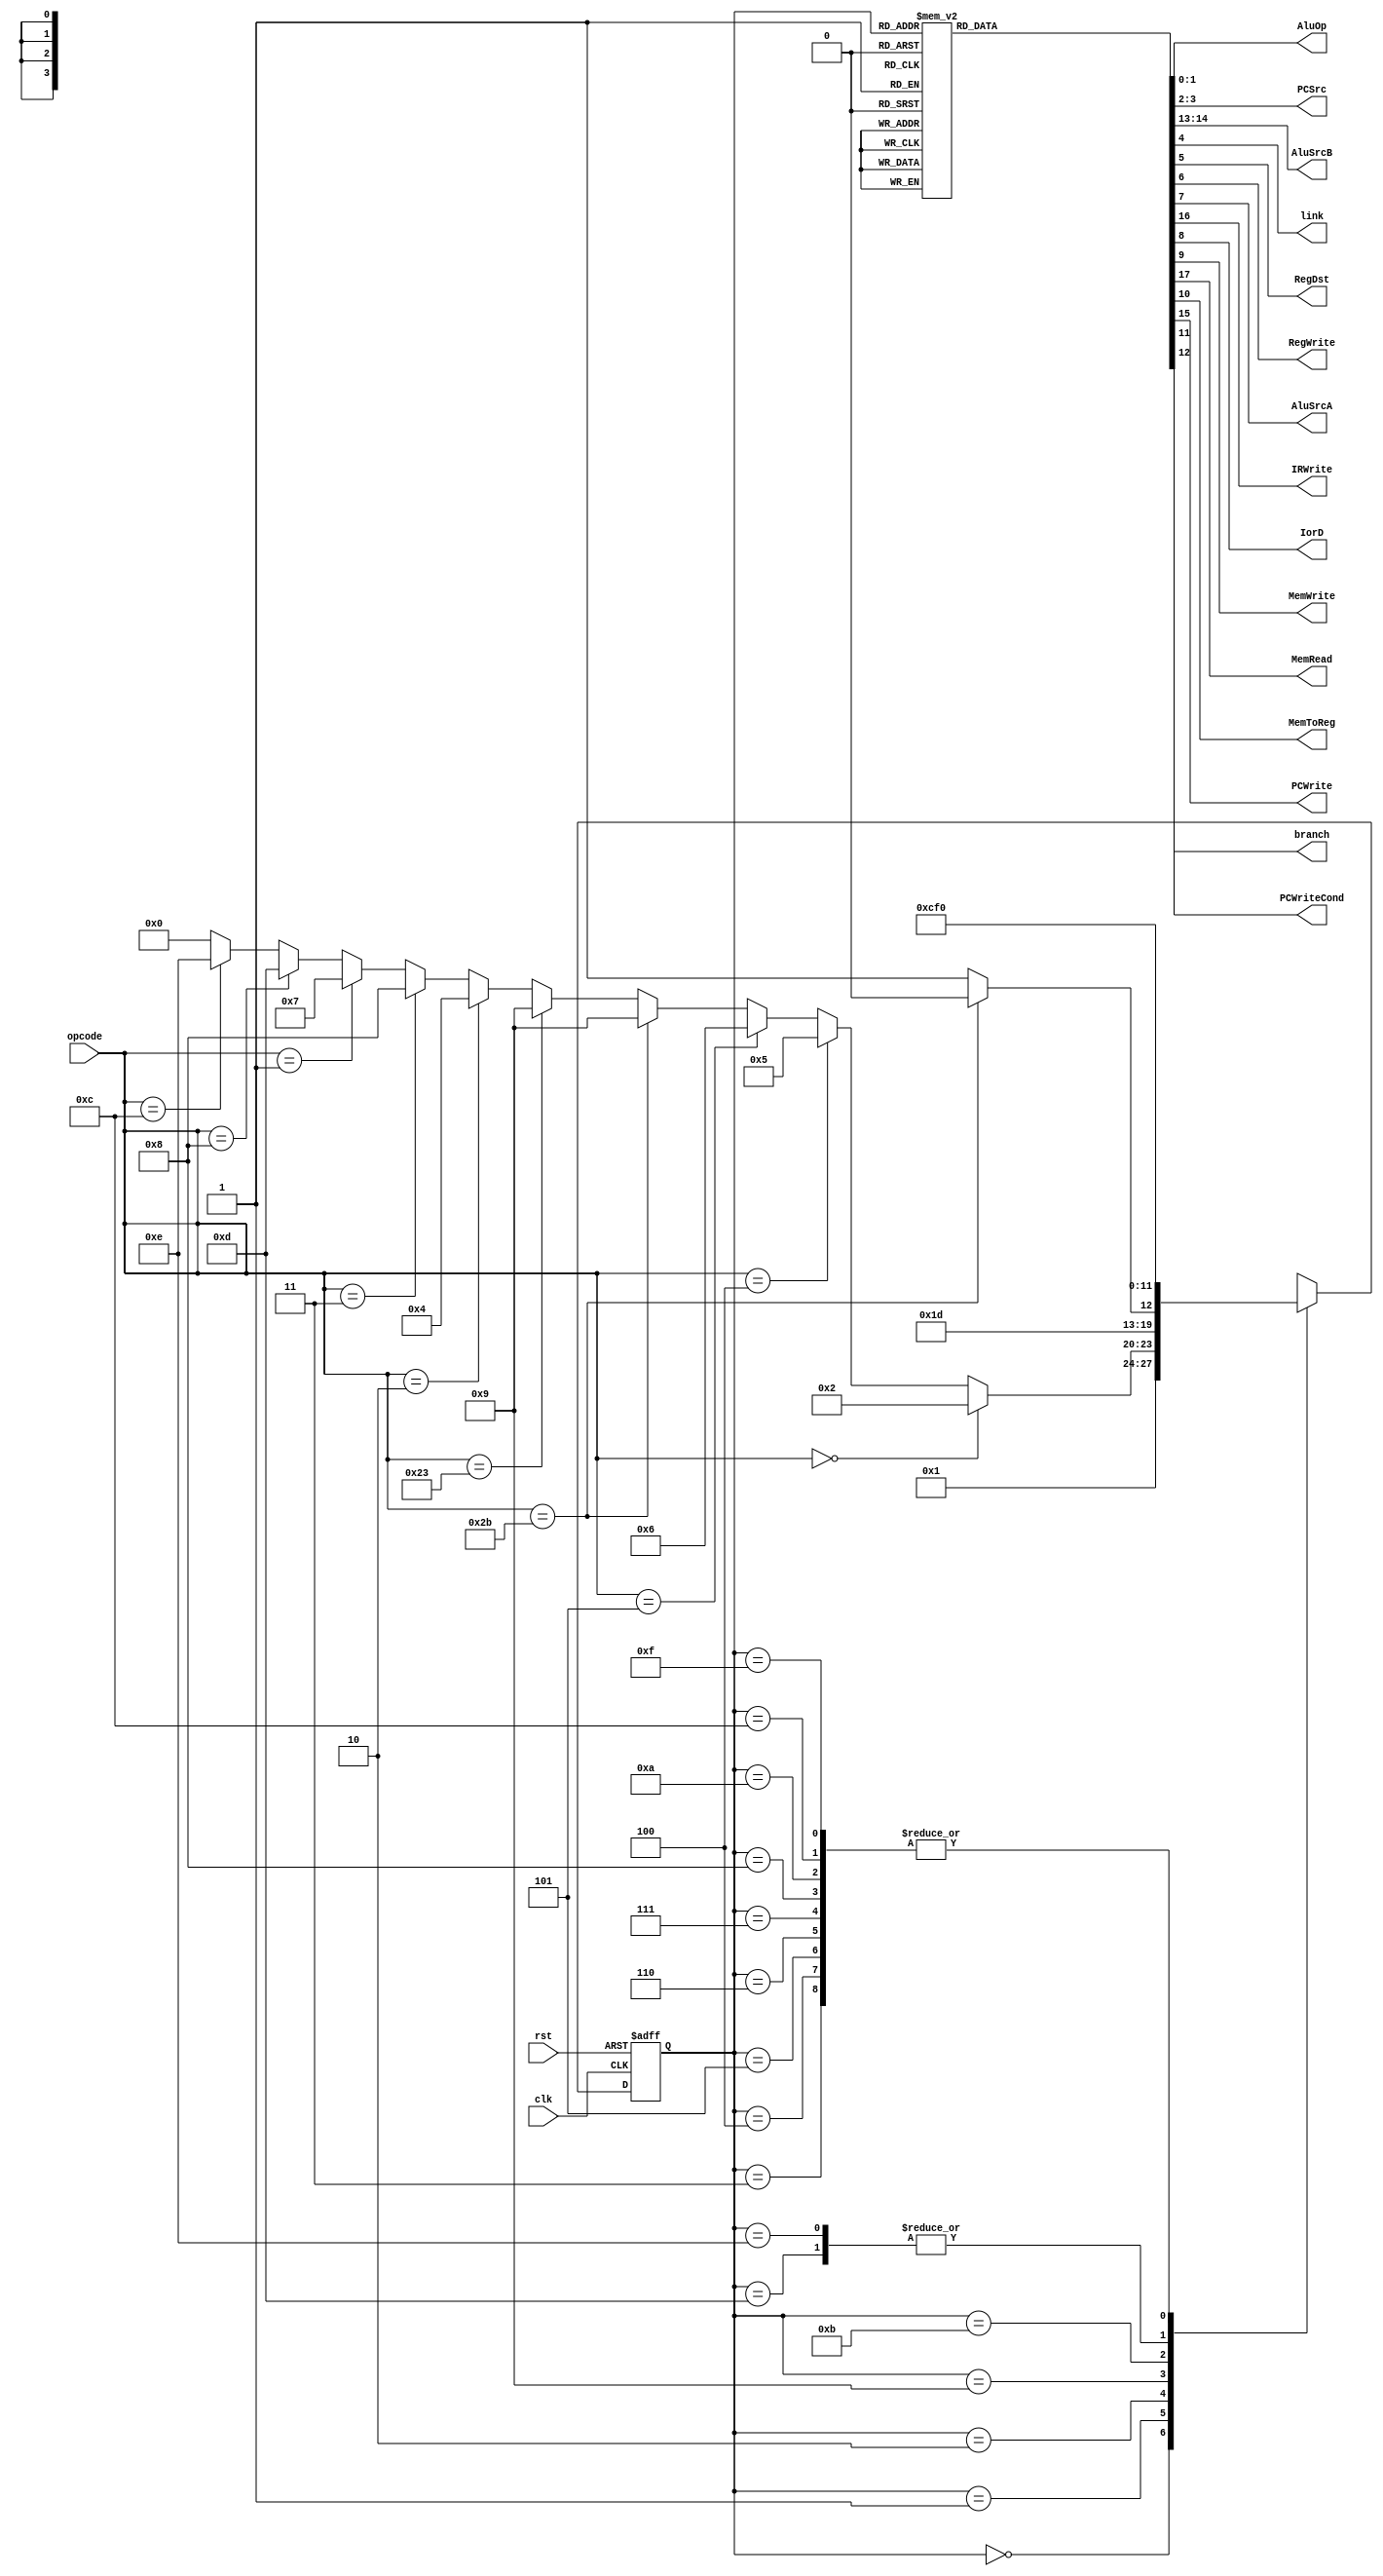
module centeralCU(AluOp, PCSrc, AluSrcB, clk, link, RegDst, RegWrite, AluSrcA, 
	IRWrite, IorD, MemWrite, MemRead, MemToReg, PCWrite, PCWriteCond, branch, opcode, rst);
	
	output reg[1:0] AluOp;
	output reg[1:0] PCSrc;
	output reg[1:0] AluSrcB;
	output reg link, RegDst, RegWrite, AluSrcA, IRWrite, IorD, MemWrite, MemRead, MemToReg, PCWrite, PCWriteCond, branch;
	input[5:0] opcode;
	input clk, rst;
	
	parameter [3:0] IF=0, ID=1, RT0=2, RT1=3, Jump=4, Beq=5, Bne=6, Jr=7, Jal=8, Memref=9, SW=10, LW0=11, LW1=12, Addi0=13, Andi0=14, AndiAddi=15;
	reg [3:0] ps, ns;
	
	always@(ps, opcode)begin
    ns = IF;
    case(ps)
      IF: begin ns = ID; end
      ID: begin ns = (opcode == 6'b000000) ? RT0 : 
                     (opcode == 6'b000100) ? Beq : 
                     (opcode == 6'b000101) ? Bne : 
                     (opcode == 6'b101011) ? Memref : 
                     (opcode == 6'b100011) ? Memref :
                     (opcode == 6'b000010) ? Jump :
                     (opcode == 6'b000011) ? Jal :
                     (opcode == 6'b000001) ? Jr :
                     (opcode == 6'b001000) ? Addi0 :
                     (opcode == 6'b001100) ? Andi0 : IF;
          end
      RT0: begin ns = RT1; end
      RT1: begin ns = IF; end
      Jump: begin ns = IF; end
      Beq: begin ns = IF; end
      Bne: begin ns = IF; end
      Jr: begin ns = IF; end
      Jal: begin ns = IF; end
      Memref: begin ns = (opcode == 6'b101011) ? SW : LW0; end
      SW: begin ns = IF; end
      LW0: begin ns = LW1; end
      LW1: begin ns = IF; end
      Addi0: begin ns = AndiAddi; end
      Andi0: begin ns = AndiAddi; end
      AndiAddi: begin ns = IF; end 
    endcase   
	end
	
		always@(ps, opcode)begin
    {AluOp, PCSrc, AluSrcB, link, RegDst, RegWrite, AluSrcA, IRWrite, IorD, MemWrite, MemRead, MemToReg, PCWrite, PCWriteCond, branch} = 18'b0;
    case(ps)
      IF: begin {MemRead, IRWrite, PCWrite, AluSrcB} = 5'b11101; end
      ID: begin AluSrcB = 2'b11; end
      RT0: begin {AluSrcA, AluOp} = 3'b110; end
      RT1: begin {RegDst, RegWrite} = 2'b11; end
      Jump: begin {PCSrc, PCWrite} = 3'b101; end
      Beq: begin {AluSrcA, AluOp, PCSrc, PCWriteCond, branch} = 7'b1010111; end
      Bne: begin {AluSrcA, AluOp, PCSrc, PCWriteCond, branch} = 7'b1010110; end
      Jr: begin {PCSrc, PCWrite} = 3'b111; end
      Jal: begin {link, PCWrite, PCSrc} = 4'b1110; end
      Memref: begin {AluSrcA, AluSrcB} = 3'b110; end
      SW: begin {IorD, MemWrite} = 2'b11; end
      LW0: begin {IorD, MemRead} = 2'b11; end
      LW1: begin {RegDst, MemToReg, RegWrite} = 3'b011; end
      Addi0: begin {AluSrcA, AluSrcB} = 3'b110; end
      Andi0: begin {AluSrcA, AluSrcB, AluOp} = 5'b11011; end
      AndiAddi: begin RegWrite = 1'b1; end 
    endcase   
	end
	//sequensil
  always@(posedge clk, posedge rst) begin
    if(rst) ps <= IF;
    else  ps <= ns;
  end
endmodule
  
  
module ALUcontroller(AluOp, func, AluOperation);
  input [1:0] AluOp;
  input [5:0] func;
  output reg [2:0] AluOperation;
  
  always@(AluOp, func) begin
    AluOperation <= 3'b000;
    case(AluOp)
      2'b00: AluOperation <= 3'b010;
      2'b01: AluOperation <= 3'b110;
      2'b10: begin
              if( func == 6'b100000) AluOperation <= 3'b010;
              if( func == 6'b100010) AluOperation <= 3'b110;
              if( func == 6'b100100) AluOperation <= 3'b000;
              if( func == 6'b100101) AluOperation <= 3'b001;
              if( func == 6'b101010) AluOperation <= 3'b111;
             end
      2'b11: AluOperation <= 3'b000;
    endcase
  end
endmodule

module MIPSController(AluOperation, PCSrc, AluSrcB, clk, link, RegDst, RegWrite, AluSrcA, 
	IRWrite, IorD, MemWrite, MemRead, MemToReg, PCWrite, PCWriteCond, branch, func, opcode, rst);
	
  output [2:0] AluOperation;
  output [1:0] PCSrc;
  output[1:0] AluSrcB;
  output link, RegDst, RegWrite, AluSrcA, IRWrite, IorD, MemWrite, MemRead, MemToReg, PCWrite, PCWriteCond, branch;
  input[5:0] func;
  input[5:0] opcode;
  input clk, rst;
  wire [1:0] AluOp;
  
  centeralCU cecu(.AluOp(AluOp), .PCSrc(PCSrc), .AluSrcB(AluSrcB), .clk(clk), .link(link), .RegDst(RegDst), .RegWrite(RegWrite), 
        .AluSrcA(AluSrcA), .IRWrite(IRWrite), .IorD(IorD), .MemWrite(MemWrite), .MemRead(MemRead), .MemToReg(MemToReg), .PCWrite(PCWrite), 
        .PCWriteCond(PCWriteCond), .branch(branch), .opcode(opcode), .rst(rst));
        
  ALUcontroller alucu(.AluOp(AluOp), .func(func), .AluOperation(AluOperation));
endmodule